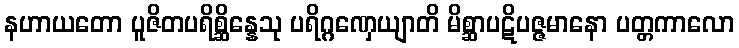
နဟာယတော ပူဇိတပရိစ္ဆိန္နေသု ပရိဂ္ဂဏှေယျာတိ မိစ္ဆာပဋိပဇ္ဇမာနော ပတ္တကာလော